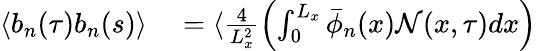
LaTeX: \begin{array}{rl}{\langle b_{n}(\tau)b_{n}(s)\rangle}&{{}=\langle\frac{4}{L_{x}^{2}}\left(\int_{0}^{L_{x}}\bar{\phi}_{n}(x)\mathcal{N}(x,\tau)dx\right)}\end{array}